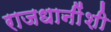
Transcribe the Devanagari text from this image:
राजधानींशी